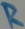
Text: R